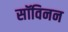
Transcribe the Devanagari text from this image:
सॉविनन